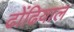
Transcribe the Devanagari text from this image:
ढोंढियाल